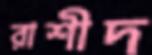
রাশীদ